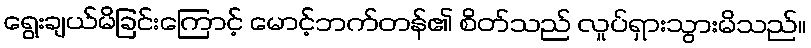
ရွေးချယ်မိခြင်းကြောင့် မောင့်ဘက်တန်၏ စိတ်သည် လှုပ်ရှားသွားမိသည်။